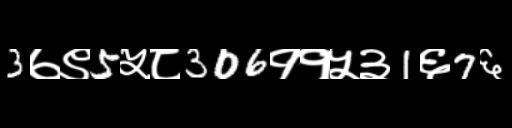
Text: 3७९5५८306११५३1६7६